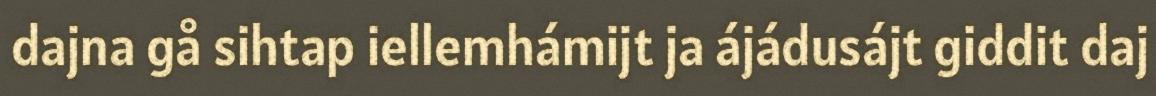
dajna gå sihtap iellemhámijt ja ájádusájt giddit daj